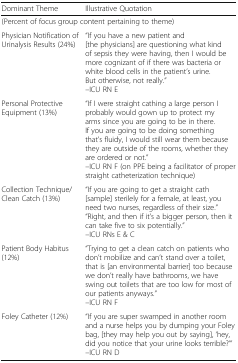
<table><thead><tr><td><b>Dominant Theme</b></td><td><b>Illustrative Quotation</b></td></tr></thead><tbody><tr><td colspan="2">(Percent of focus group content pertaining to theme)</td></tr><tr><td>Physician Notification of Urinalysis Results (24%)</td><td>“If you have a new patient and [the physicians] are questioning what kind of sepsis they were having, then I would be more cognizant of if there was bacteria or white blood cells in the patient’s urine. But otherwise, not really.”–ICU RN E</td></tr><tr><td>Personal Protective Equipment (13%)</td><td>“If I were straight cathing a large person I probably would gown up to protect my arms since you are going to be in there. If you are going to be doing something that’s fluidy, I would still wear them because they are outside of the rooms, whether they are ordered or not.”–ICU RN F (on PPE being a facilitator of proper straight catheterization technique)</td></tr><tr><td>Collection Technique/Clean Catch (13%)</td><td>“If you are going to get a straight cath [sample] sterilely for a female, at least, you need two nurses, regardless of their size.”“Right, and then if it’s a bigger person, then it can take five to six potentially.”–ICU RNs E &amp; C</td></tr><tr><td>Patient Body Habitus (12%)</td><td>“Trying to get a clean catch on patients who don’t mobilize and can’t stand over a toilet, that is [an environmental barrier] too because we don’t really have bathrooms, we have swing out toilets that are too low for most of our patients anyways.”–ICU RN F</td></tr><tr><td>Foley Catheter (12%)</td><td>“If you are super swamped in another room and a nurse helps you by dumping your Foley bag, [they may help you out by saying], ‘hey, did you notice that your urine looks terrible?’”–ICU RN D</td></tr></tbody></table>